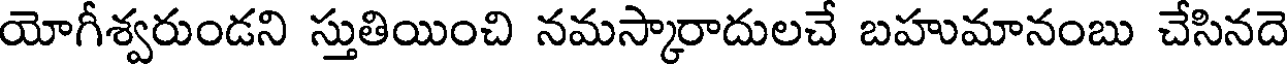
యోగీశ్వరుండని స్తుతియించి నమస్కారాదులచే బహుమానంబు చేసినదె